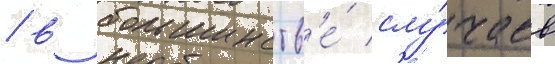
/ в большинств'е́ слу́чаев